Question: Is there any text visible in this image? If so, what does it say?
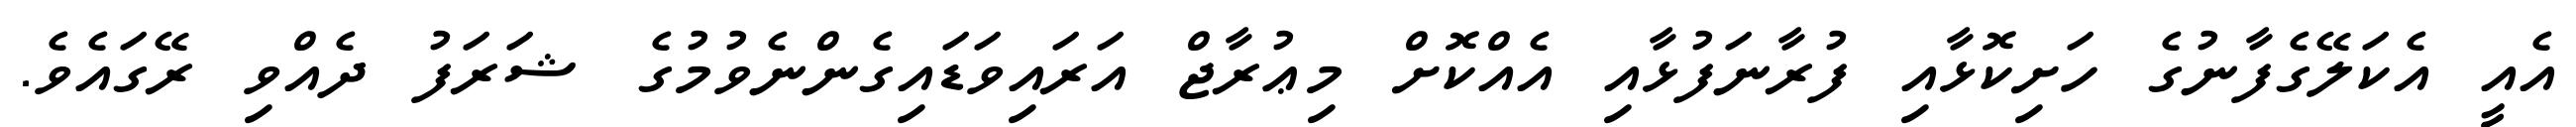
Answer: އެއީ އެކަލޭގެފާނުގެ ހަށިކޮޅާއި ފުރާނަފުޅާއި އެއްކޮށް މިޢުރާޖް އަރައިވަޑައިގެންނެވުމުގެ ޝަރަފު ދެއްވި ރޭގައެވެ.